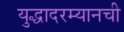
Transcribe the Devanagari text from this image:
युद्धादरम्यानची